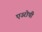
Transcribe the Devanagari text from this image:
एउरोपी